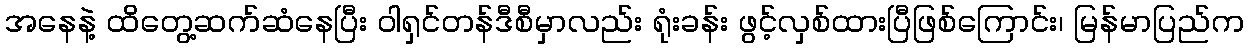
အနေနဲ့ ထိတွေ့ဆက်ဆံနေပြီး ဝါရှင်တန်ဒီစီမှာလည်း ရုံးခန်း ဖွင့်လှစ်ထားပြီဖြစ်ကြောင်း၊ မြန်မာပြည်က